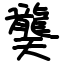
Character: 龑